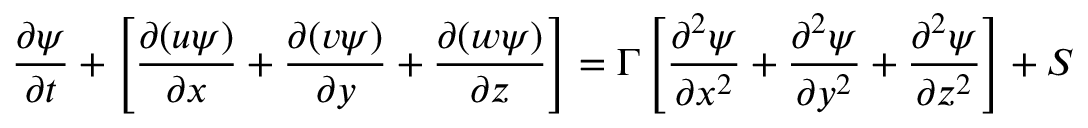
\frac { \partial \psi } { \partial t } + \left[ \frac { \partial ( u \psi ) } { \partial x } + \frac { \partial ( v \psi ) } { \partial y } + \frac { \partial ( w \psi ) } { \partial z } \right] = \Gamma \left[ \frac { \partial ^ { 2 } \psi } { \partial x ^ { 2 } } + \frac { \partial ^ { 2 } \psi } { \partial y ^ { 2 } } + \frac { \partial ^ { 2 } \psi } { \partial z ^ { 2 } } \right] + S